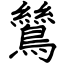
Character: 鷥